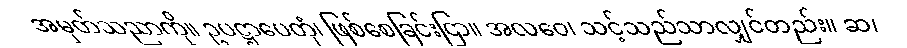
အမှတ်သညာကို။ ဥပဋ္ဌာပေတုံ၊ ဖြစ်စေခြင်းငြာ။ အလဝေ၊ သင့်သည်သာလျှင်တည်း။ ဆ၊